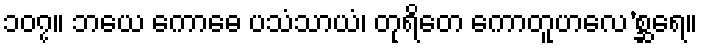
၁၀၇။ ဘယေ ကောဓေ ပသံသာယံ၊ တုရိတေ ကောတူဟလေ’စ္ဆရေ။